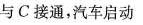
与C接通，汽车启动